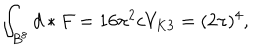
LaTeX: \int _ { B ^ { 8 } } d \ast F = 1 6 \pi ^ { 2 } c V _ { K 3 } = ( 2 \pi ) ^ { 4 } ,